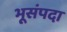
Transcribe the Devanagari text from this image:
भूसंपदा